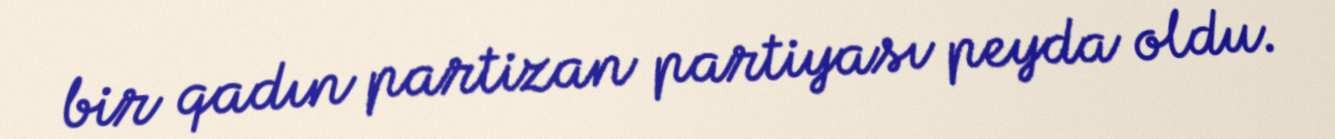
bir qadın partizan partiyası peyda oldu.